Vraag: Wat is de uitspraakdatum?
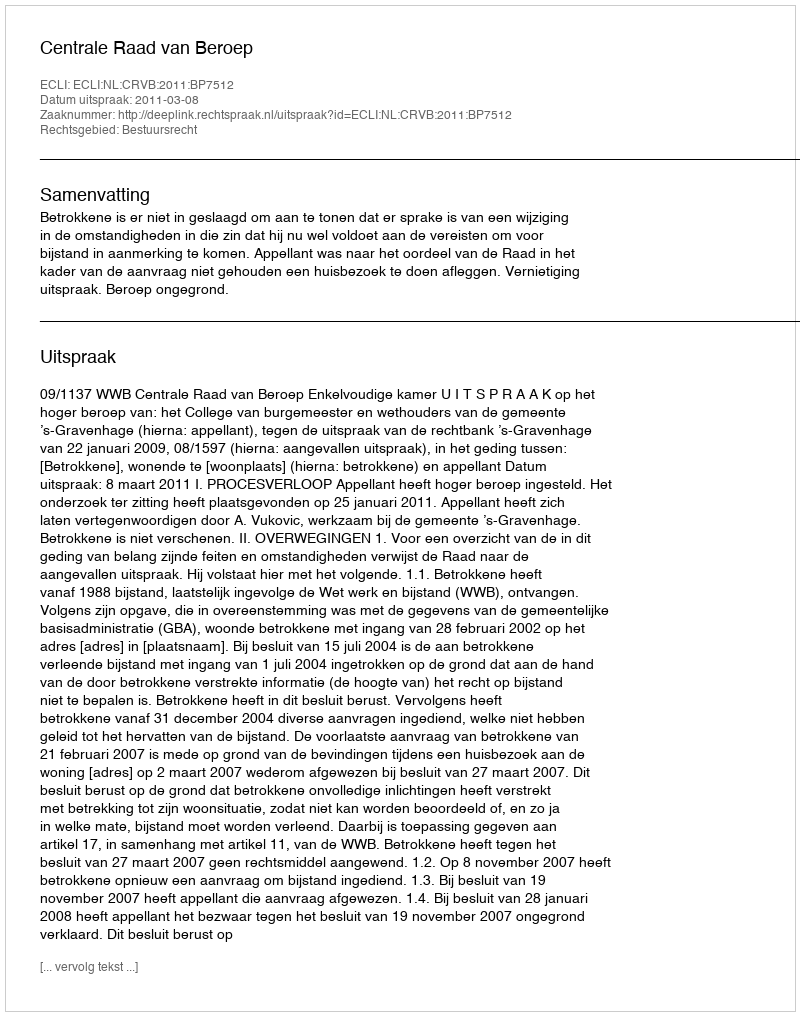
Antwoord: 2011-03-08